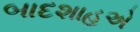
બાદશાહએ